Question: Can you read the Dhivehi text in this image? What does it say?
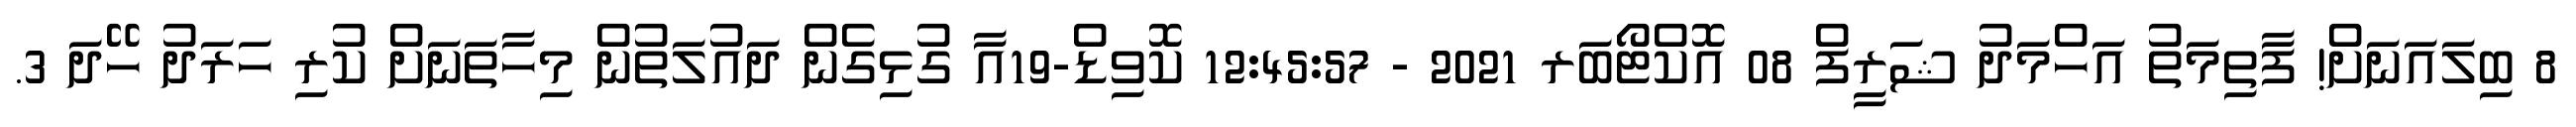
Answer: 8 ބިލައަނަށް! ފާތިމަތު އަހްމަދު ޝަރީފް 08 އޮކްޓޯބަރ 2021 - 12:45:57 ކޮވިޑް-19އާ ގުޅިގެން ދައުލަތުން މިހާތަނަށް ކުރި ހަރަދު ހޭދަ 3.